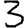
Digit: 3